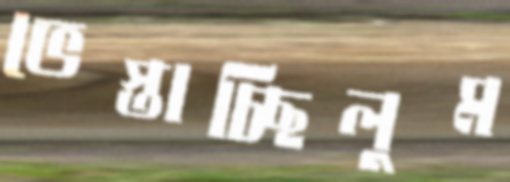
ভেস্তাচ্ছিলুম